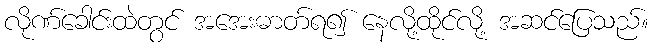
လိုဏ်ခေါင်းထဲတွင် အအေးဓာတ်ရ၍ နေလို့ထိုင်လို့ အဆင်ပြေသည်။